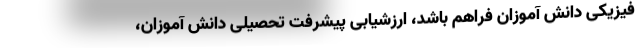
فیزیکی دانش آموزان فراهم باشد، ارزشیابی پیشرفت تحصیلی دانش آموزان،